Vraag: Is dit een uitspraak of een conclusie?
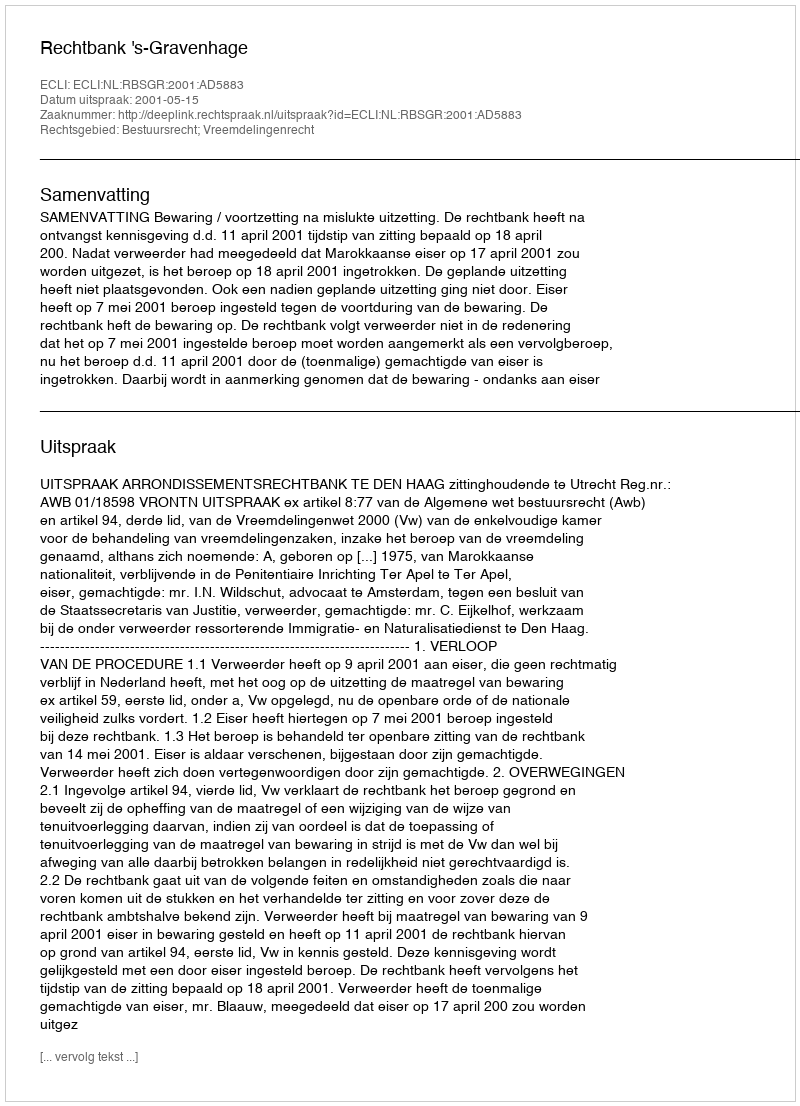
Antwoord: Uitspraak